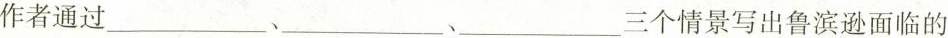
作者通过___、___、___、三个情景写出鲁滨逊面临的